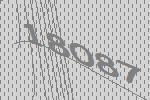
18087